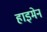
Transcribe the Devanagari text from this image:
हाइमेन